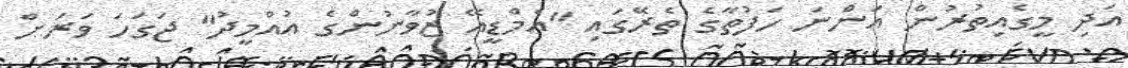
އަދި މީގެއިތުރުން އަންނަ ހަފުތާގެ ތެރޭގައި "އެމްޑީއޭ ޒުވާނުންގެ އުއްމީދު" ޖަގަހަ ވަރަށް